Annual administration report of the Civil Veterinary Department, Ajmere-Merwara, British Rajputana - 1914-1940
Year: 1914
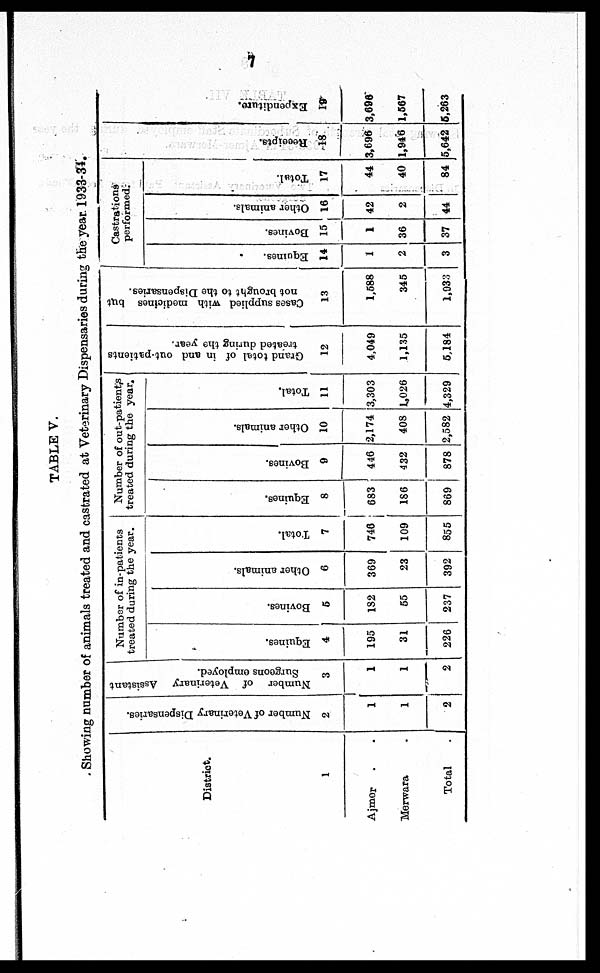
7
TABLE V.
Showing number of animals treated and castrated at Veterinary Dispensaries during the year 1933-34.
District.
1
Ajmer . .
Merwara .
Total .
Number of Veterinary Dispensaries.
2
1
1
2
Number of Veterinary
Assistant
Surgeons employed.
3
1
1
2
Number of in-patients
treated during the year.
Equines.
4
195
31
226
Bovines.
5
182
55
237
Other animals.
6
369
23
392
Total.
7
746
109
855
Number of out-patients
treated during the year.
Equines.
8
683
186
869
Bovines.
9
446
432
878
Other animals.
10
2,174
408
2,582
Total.
11
3,303
1,026
4,329
Grand total of in and out-patients
treated during the year.
12
4,049
1,135
5,184
Cases supplied with medicines but
not brought to the Dispensaries.
13
1,588
345
1,933
Castrations
performed.
Equines.
14
1
2
3
Bovines.
15
1
36
37
Other animals.
16
42
2
44
Total.
17
44
40
84
Recei pt s .
18
3,696
1,946
5,642
Expendi t
ur e.
19
3,696
1,567
5,263